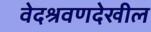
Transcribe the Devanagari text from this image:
वेदश्रवणदेखील